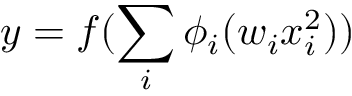
y = f ( \sum _ { i } \phi _ { i } ( w _ { i } x _ { i } ^ { 2 } ) )